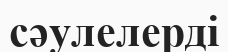
сәулелерді